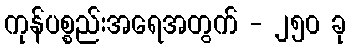
ကုန်ပစ္စည်းအရေအတွက် - ၂၅၀ ခု